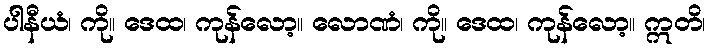
ပါနီယံ၊ ကို။ ဒေထ၊ ကုန်လော့။ လောဏံ၊ ကို။ ဒေထ၊ ကုန်လော့။ ဣတိ၊